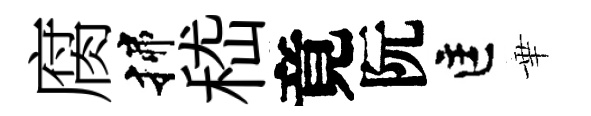
腐揲嵇竟阮匡華